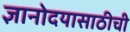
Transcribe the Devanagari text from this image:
ज्ञानोदयासाठीची